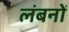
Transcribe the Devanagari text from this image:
लंबनों